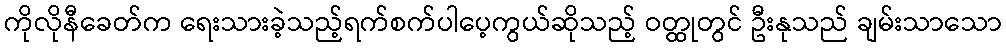
ကိုလိုနီခေတ်က ရေးသားခဲ့သည့်ရက်စက်ပါပေ့ကွယ်ဆိုသည့် ဝတ္ထုတွင် ဦးနုသည် ချမ်းသာသော